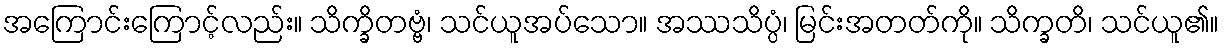
အကြောင်းကြောင့်လည်း။ သိက္ခိတဗ္ဗံ၊ သင်ယူအပ်သော။ အဿသိပ္ပံ၊ မြင်းအတတ်ကို။ သိက္ခတိ၊ သင်ယူ၏။